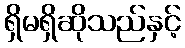
ရှိမရှိဆိုသည်နှင့်